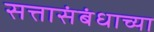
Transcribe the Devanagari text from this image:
सत्तासंबंधाच्या